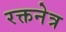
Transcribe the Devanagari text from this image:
रक्तनेत्र